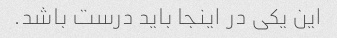
این یکی در اینجا باید درست باشد.